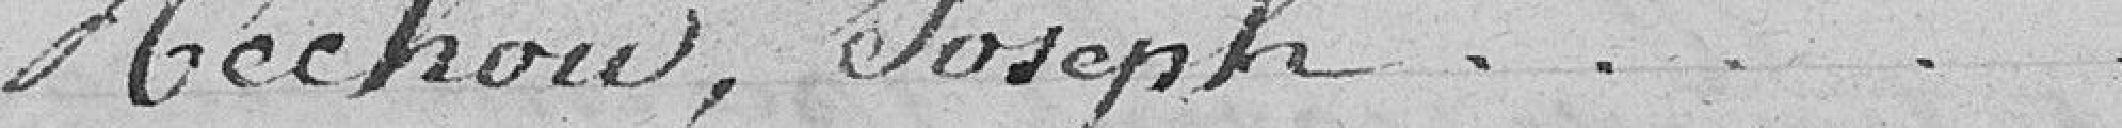
Méchou, Joseph